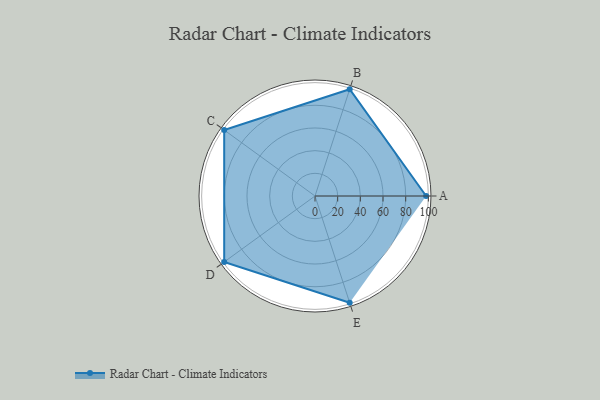
{"axis": {"x": "Skill", "y": "Score"}, "legend": ["Profile"], "data": [{"x": "A", "y": 98.0, "type": "Profile"}, {"x": "B", "y": 99, "type": "Profile"}, {"x": "C", "y": 99, "type": "Profile"}, {"x": "D", "y": 99, "type": "Profile"}, {"x": "E", "y": 99, "type": "Profile"}]}